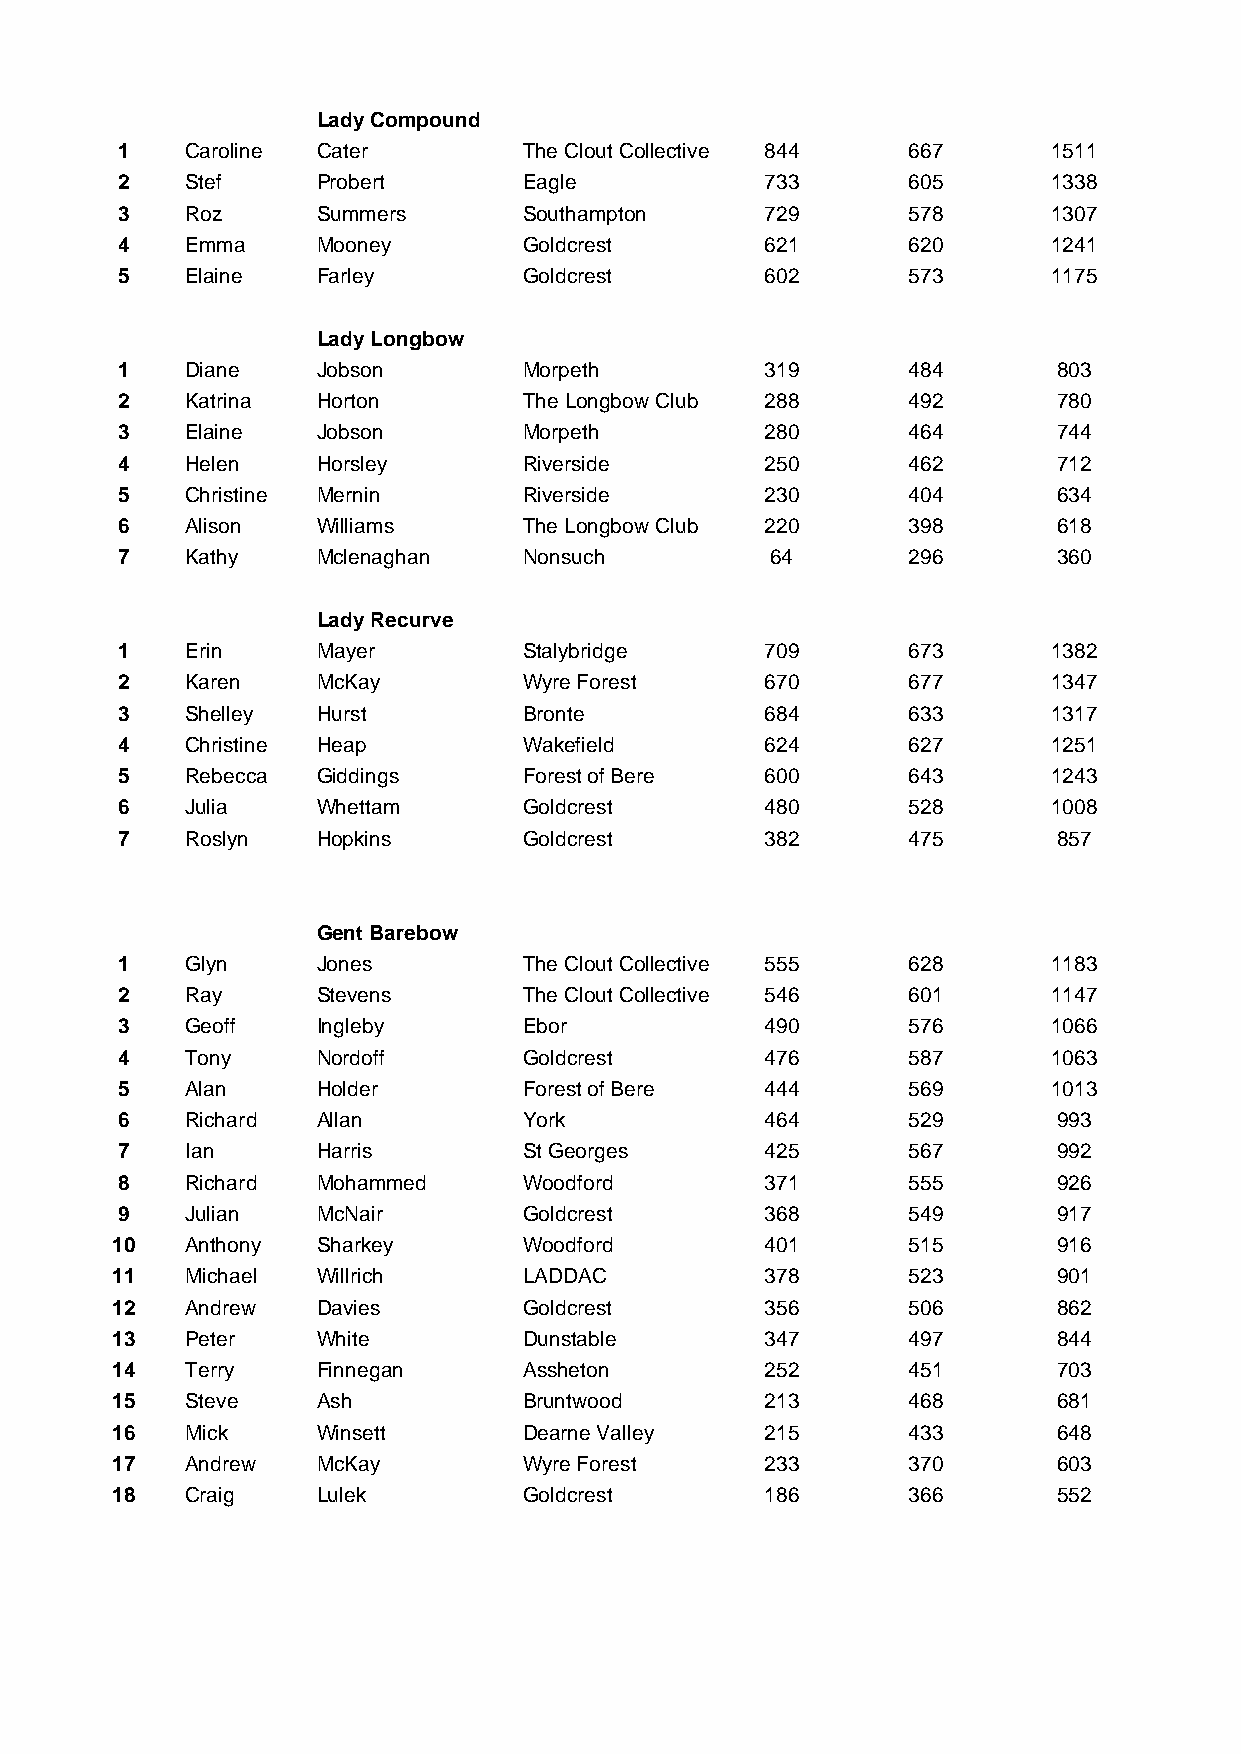
Lady Compound
 1   Caroline Cater         The Clout Collective 844 667       1511
 2   Stef     Probert       Eagle           733      605       1338
 3   Roz      Summers       Southampton     729      578       1307
 4   Emma     Mooney        Goldcrest       621      620       1241
 5   Elaine   Farley        Goldcrest       602      573       1175
 Lady Longbow
 1   Diane    Jobson        Morpeth         319      484       803
 2   Katrina  Horton        The Longbow Club 288     492       780
 3   Elaine   Jobson        Morpeth         280      464       744
 4   Helen    Horsley       Riverside       250      462       712
 5   Christine Mernin       Riverside       230      404       634
 6   Alison   Williams      The Longbow Club 220     398       618
 7   Kathy    Mclenaghan    Nonsuch         64       296       360
 Lady Recurve
 1   Erin     Mayer         Stalybridge     709      673       1382
 2   Karen    McKay         Wyre Forest     670      677       1347
 3   Shelley  Hurst         Bronte          684      633       1317
 4   Christine Heap         Wakefield       624      627       1251
 5   Rebecca  Giddings      Forest of Bere  600      643       1243
 6   Julia    Whettam       Goldcrest       480      528       1008
 7   Roslyn   Hopkins       Goldcrest       382      475       857
 Gent Barebow
 1   Glyn     Jones         The Clout Collective 555 628       1183
 2   Ray      Stevens       The Clout Collective 546 601       1147
 3   Geoff    Ingleby       Ebor            490      576       1066
 4   Tony     Nordoff       Goldcrest       476      587       1063
 5   Alan     Holder        Forest of Bere  444      569       1013
 6   Richard  Allan         York            464      529       993
 7   Ian      Harris        St Georges      425      567       992
 8   Richard  Mohammed      Woodford        371      555       926
 9   Julian   McNair        Goldcrest       368      549       917
 10   Anthony  Sharkey       Woodford        401      515       916
 11   Michael  Willrich      LADDAC          378      523       901
 12   Andrew   Davies        Goldcrest       356      506       862
 13   Peter    White         Dunstable       347      497       844
 14   Terry    Finnegan      Assheton        252      451       703
 15   Steve    Ash           Bruntwood       213      468       681
 16   Mick     Winsett       Dearne Valley   215      433       648
 17   Andrew   McKay         Wyre Forest     233      370       603
 18   Craig    Lulek         Goldcrest       186      366       552